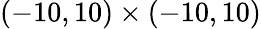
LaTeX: (-10,10)\times(-10,10)